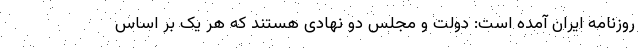
روزنامه ایران آمده است: دولت و مجلس دو نهادی هستند که هر یک بر اساس